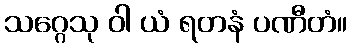
သဂ္ဂေသု ဝါ ယံ ရတနံ ပဏီတံ။